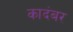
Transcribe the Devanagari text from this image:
कादंबर